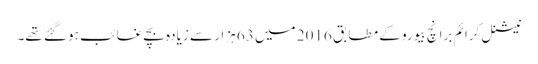
نیشنل کرائم برانچ بیورو کے مطابق 2016 میں 63 ہزار سے زیادہ بچے غائب ہو گئے تھے۔